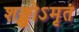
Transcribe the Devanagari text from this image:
शङ्खोऽमृतं